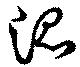
混